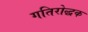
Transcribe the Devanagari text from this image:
गतिरोद्धक